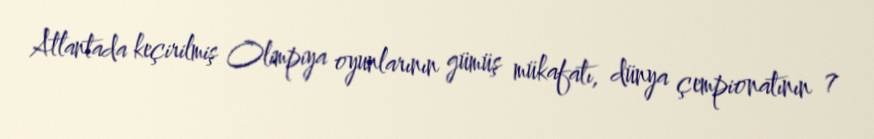
Atlantada keçirilmiş Olimpiya oyunlarının gümüş mükafatı, dünya çempionatının 7